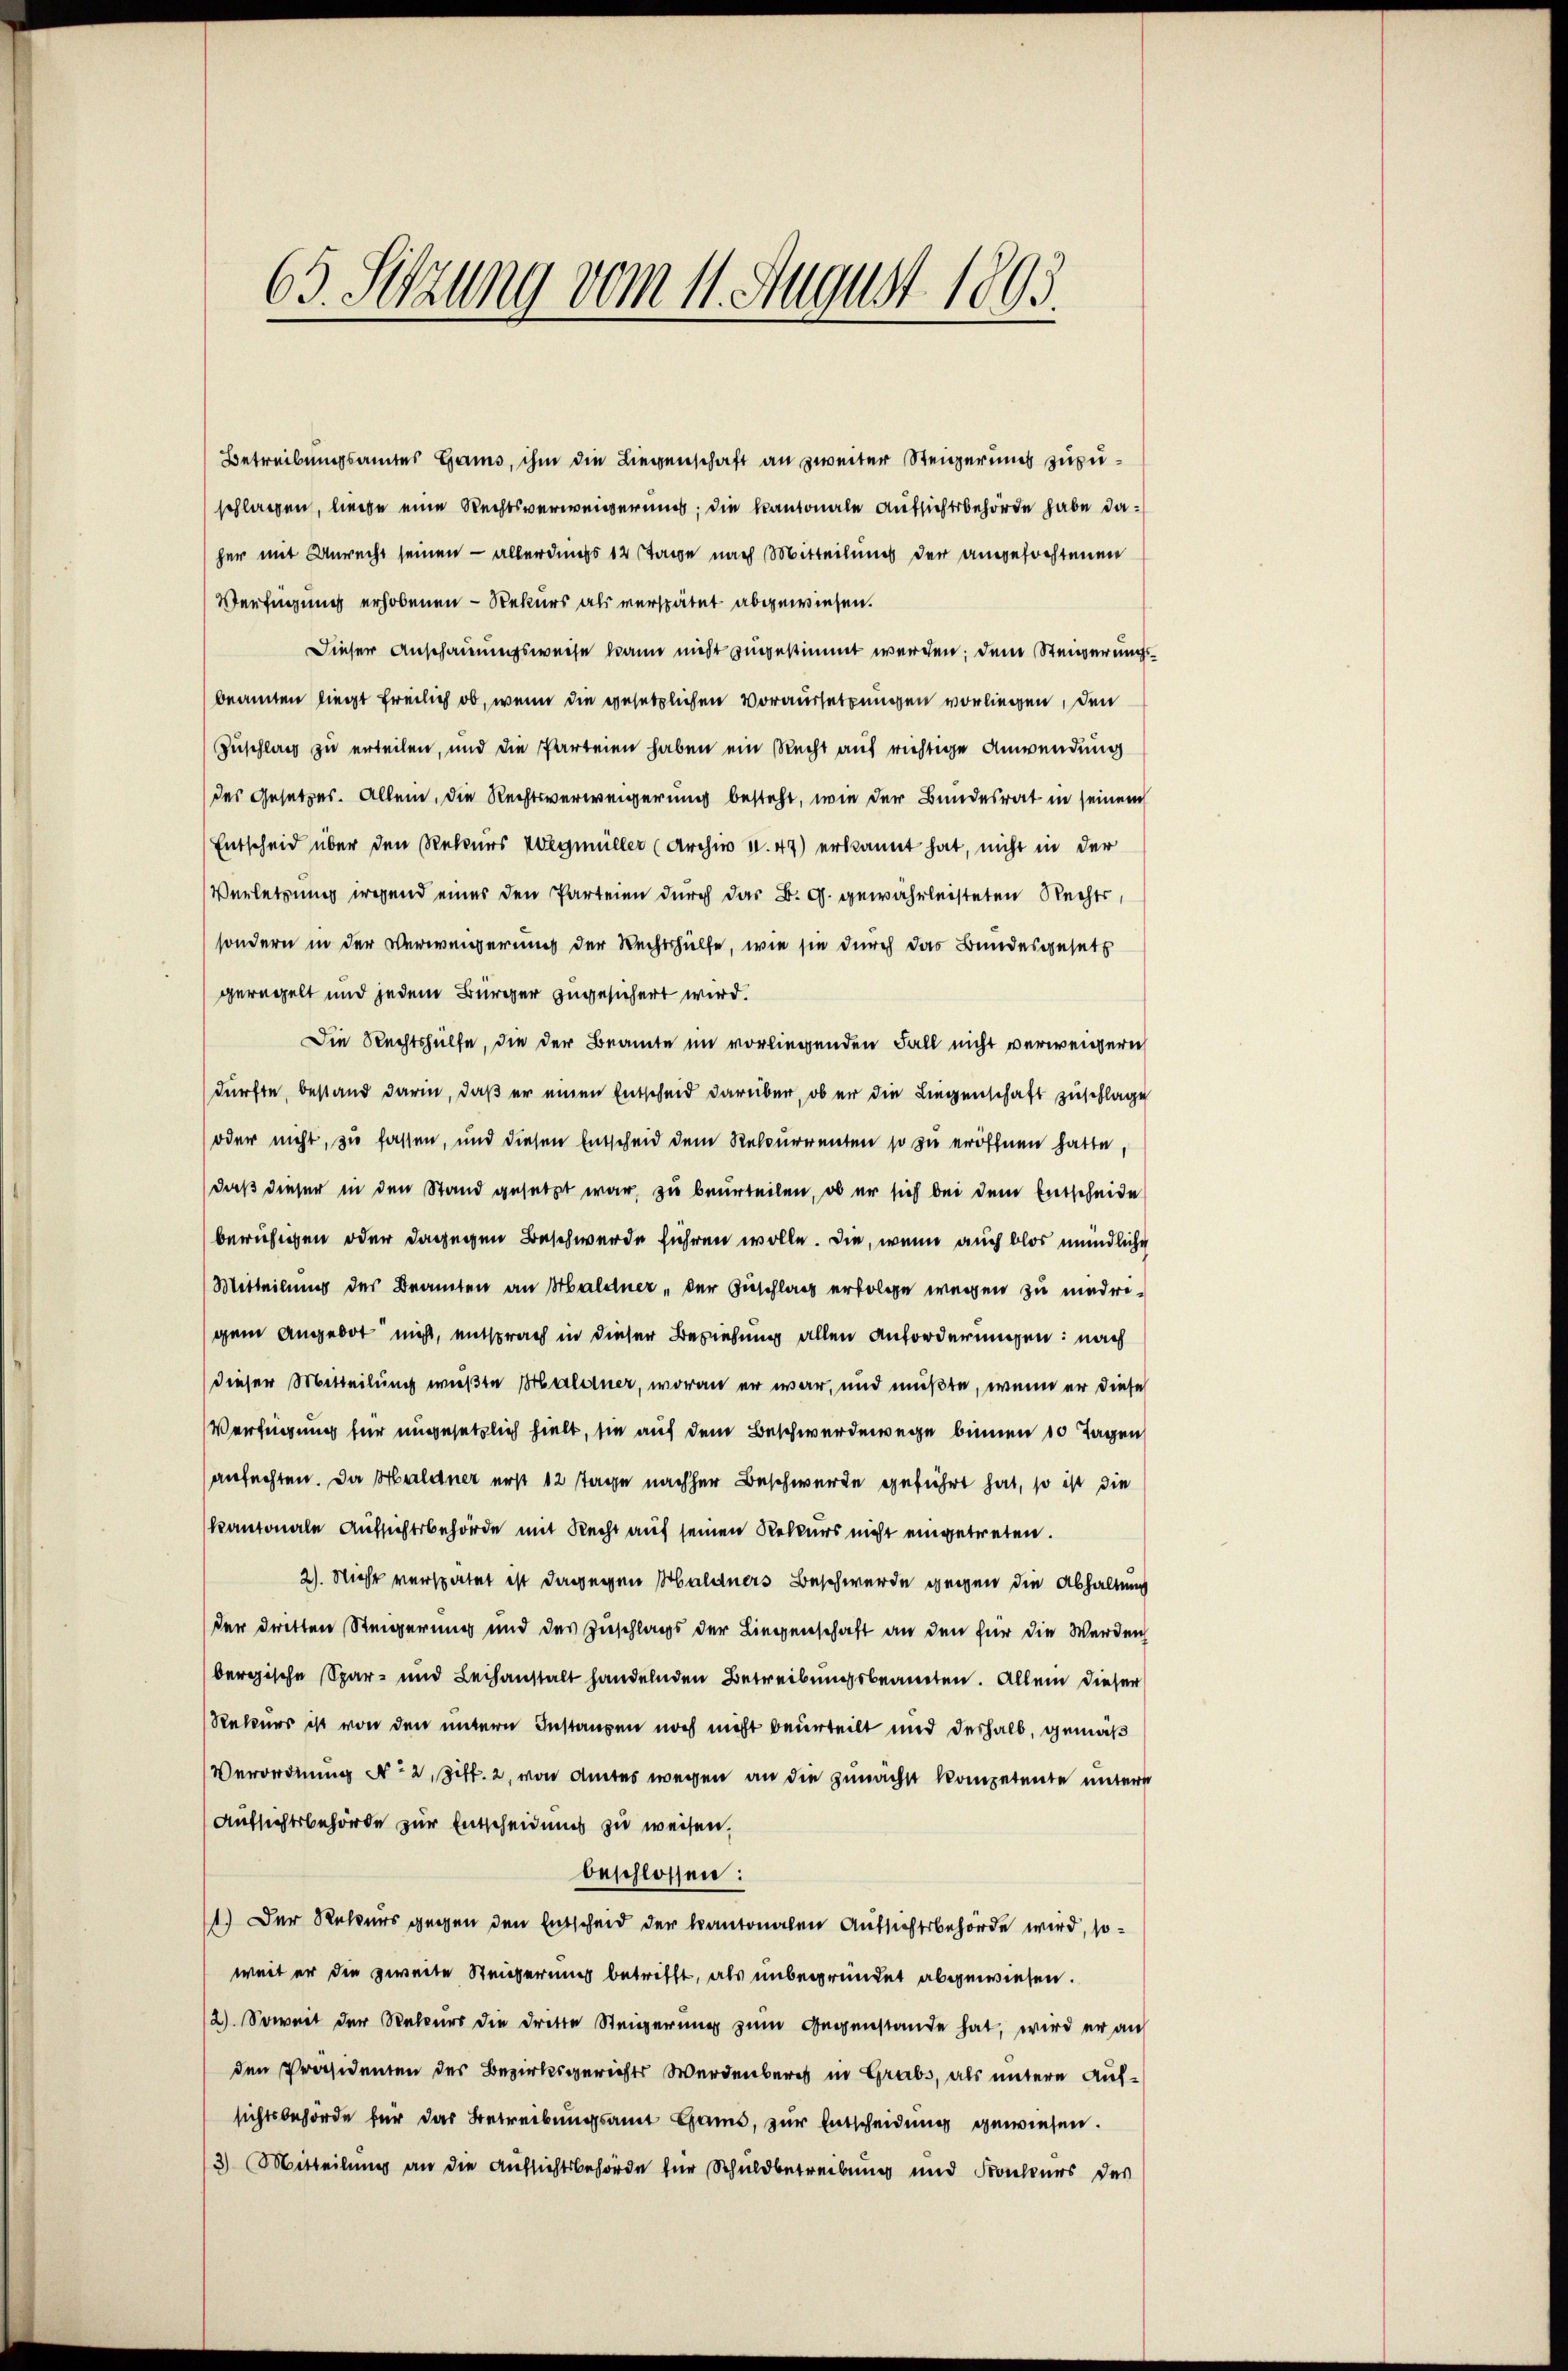
Verfügung erhobenen - Rekurs als verspätet abgewiesen.
Dieser Anschauungsweise wann nicht zugestimmt werden; dem Steigerungsbeamten liegt freilich ob, wenn die gesetzlichen Voraussetzungen vorliegen, den
Zuschlag zu erteilen, und die Parteien haben ein Recht auf richtige Anwendung
des Gesetzes. Allein, die Rechtsverweigerung besteht, wie der Bundesrat in seinem
Entscheid über den Rekurs Wegmüller (Archiv V.47) erkannt hat, nicht in der
Verletzung irgend eines den Parteien durch das B. G. gewährleisteten Rechts,
sondern in der Verweigerung der Rechtshülfe, wie sie durch das Bundesgesetz
geregelt und jedem Bürger zugesichert wird.
Die Rechtshülfe, die der Beamte im vorliegenden Fall nicht verweigern
dürfte, bestand darin, daß er einen Entscheid darüber, ob er die Liegenschaft zuschlage
oder nicht, zu fassen, und diesen Entscheid dem Rekurrenten so zu eröffnen hatte
daß dieser in den Stand gesetzt war, zu beurteilen, ob er sich bei dem Entscheide
beruhigen oder dagegen Beschwerde führen wolle. Die, wenn auch blos mündliche
Mitteilung des Beamten an Haldner, der Zuschlag erfolge wegen zu madrigem Angebot nicht, entsprach in dieser Beziehung allen Anforderungen: nach
dieser Mitteilung wüßte Halerner, woran er war, und mußte, wenn er diese
Verfügung für ungesetzlich hielt, sie auf dem Beschwerdenwege binnen 10 Tagen
anfechten. Da Haldner erst 12 Tage nachher Beschwerde geführt hat, so ist die
kantonale Aufsichtsbehörde mit Recht auf seinen Rekurs nicht eingetreten.
2). Nicht verspätet ist dagegen Haldners Beschwerde gegen die Abhaltung
der dritten Steigerung und des Zuschlags der Liegenschaft an den für die Werden
bergische Spar- und Leihanstalt handelnden Betreibungsbeamten. Allein dieser
Rekurs ist von den untern Instanzen noch nicht beurteilt und deshalb, gemäß
Verordnung No 2, Ziff. 2, von Amtes wegen an die zunächst kompetente untere
Aufsichtsbehörde zur Entscheidunis zu weisen.
beschlossen:
1.) Der Rekurs gegen den Entscheid der kantonalen Aufsichtsbehörde wird, soweit er die zweite Steigerung betrifft, als unbegründet abgewiesen.
2) Soweit der Rekurs die dritte Steigerung zum Gegenstande hat, wird er an
den Präsidenten des Bezirksgerichts Werdenberg in Grabs, als untere Aufsichtsbehörde für das Betreibungsamt Gams, zur Entscheidung gewiesen.
3) Mitteilung an die Aufsichtsbehörde für Schuldbetreibung und Konkurs des

65. Setzung vom 11. August 1803.

Betreibungsamtes Hams, ihm die Liegenschaft an zweiter Steigerung zuzuschlagen, liege eine Rechtsverweigerung; die kantonale Aufsichtsbehörde habe daher mit Unrecht seinen — allerdings 12 tage nach Mitteilung der angefochtenen